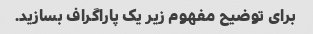
برای توضیح مفهوم زیر یک پاراگراف بسازید.